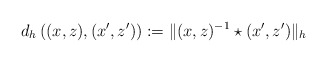
\begin{align*}d_h \left( (x,z), (x^\prime, z^\prime) \right) := \|(x,z)^{-1 } \star (x^\prime,z^\prime)\|_h\end{align*}